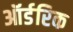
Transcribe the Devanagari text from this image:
ऑर्डरिक